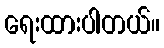
ရေးထားပါတယ်။